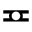
\eqcirc